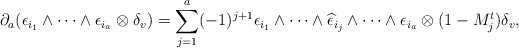
\begin{align*}\partial_a(\epsilon_{i_1} \wedge \cdots \wedge \epsilon_{i_a} \otimes \delta_v)=\sum_{j = 1}^a (-1)^{j+1} \epsilon_{i_1}\wedge \cdots \wedge\widehat{\epsilon}_{i_j}\wedge\cdots\wedge \epsilon_{i_a} \otimes (1 - M_j^t)\delta_v,\end{align*}